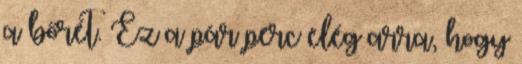
a bőrét. Ez a pár perc elég arra, hogy